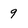
Character: 9